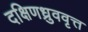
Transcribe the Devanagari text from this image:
दक्षिणध्रुववृत्त